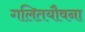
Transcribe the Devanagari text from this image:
गलितयौवना